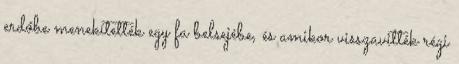
erdőbe menekítették egy fa belsejébe, és amikor visszavitték régi